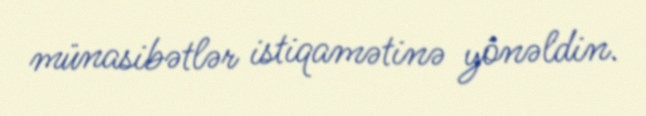
münasibətlər istiqamətinə yönəldin.